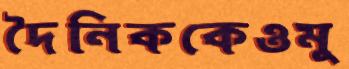
দৈনিককেওমু